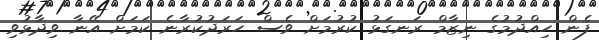
ފެން ހިއްދުމުގެ ނިޒާމް ރަނގަޅު ކުރުމަށް ވެސް ހަރަދުކުރާނެ ކަމަށް އޭނާ ވިދާޅުވި